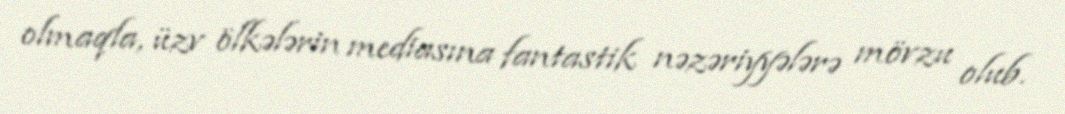
olmaqla, üzv ölkələrin mediasına fantastik nəzəriyyələrə mövzu olub.